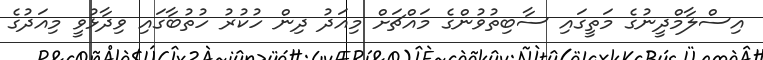
އިސްލާމްދީނުގެ މަތީގައި ސާބިތުވުންގެ މައްޗަށް މިއަދު ދިން ހުކުރު ހުތުބާގައި ވިދާޅުވީ މިއަދުގެ